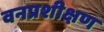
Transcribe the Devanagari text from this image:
वनप्रशीक्षण